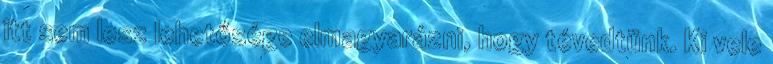
itt sem lesz lehetősége elmagyarázni, hogy tévedtünk. Ki vele